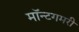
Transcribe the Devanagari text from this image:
मॉन्टगमरी